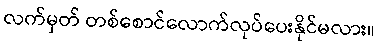
လက်မှတ် တစ်စောင်လောက်လုပ်ပေးနိုင်မလား။